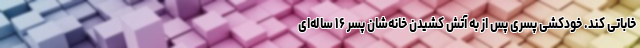
خاباتی کند. خودکشی پسری پس از به آتش کشیدن خانه‌شان پسر ۱۶ ساله‌ای